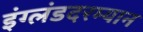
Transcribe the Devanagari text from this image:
इंग्लंडदरम्यान